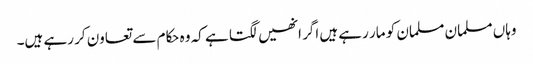
وہاں مسلمان مسلمان کو مار رہے ہیں اگر انھیں لگتا ہے کہ وہ حکام سے تعاون کر رہے ہیں۔